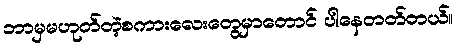
ဘာမှမဟုတ်တဲ့စကားလေးတွေမှာတောင် ပါနေတတ်တယ်။